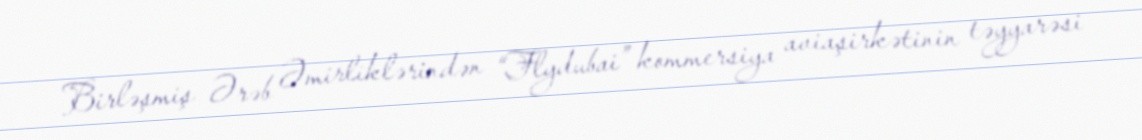
Birləşmiş Ərəb Əmirliklərindən “Flydubai” kommersiya aviaşirkətinin təyyarəsi